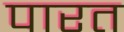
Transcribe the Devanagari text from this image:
पारत